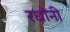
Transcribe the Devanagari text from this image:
रधोंनी